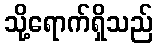
သို့ရောက်ရှိသည်